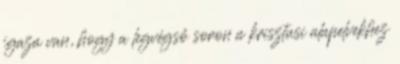
igaza van, hogy a legvégső soron a krisztusi alapelvekhez